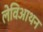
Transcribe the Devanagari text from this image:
लेविआथन